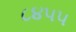
૮૪૫૫